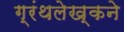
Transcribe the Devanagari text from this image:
ग्रंथलेख्कने